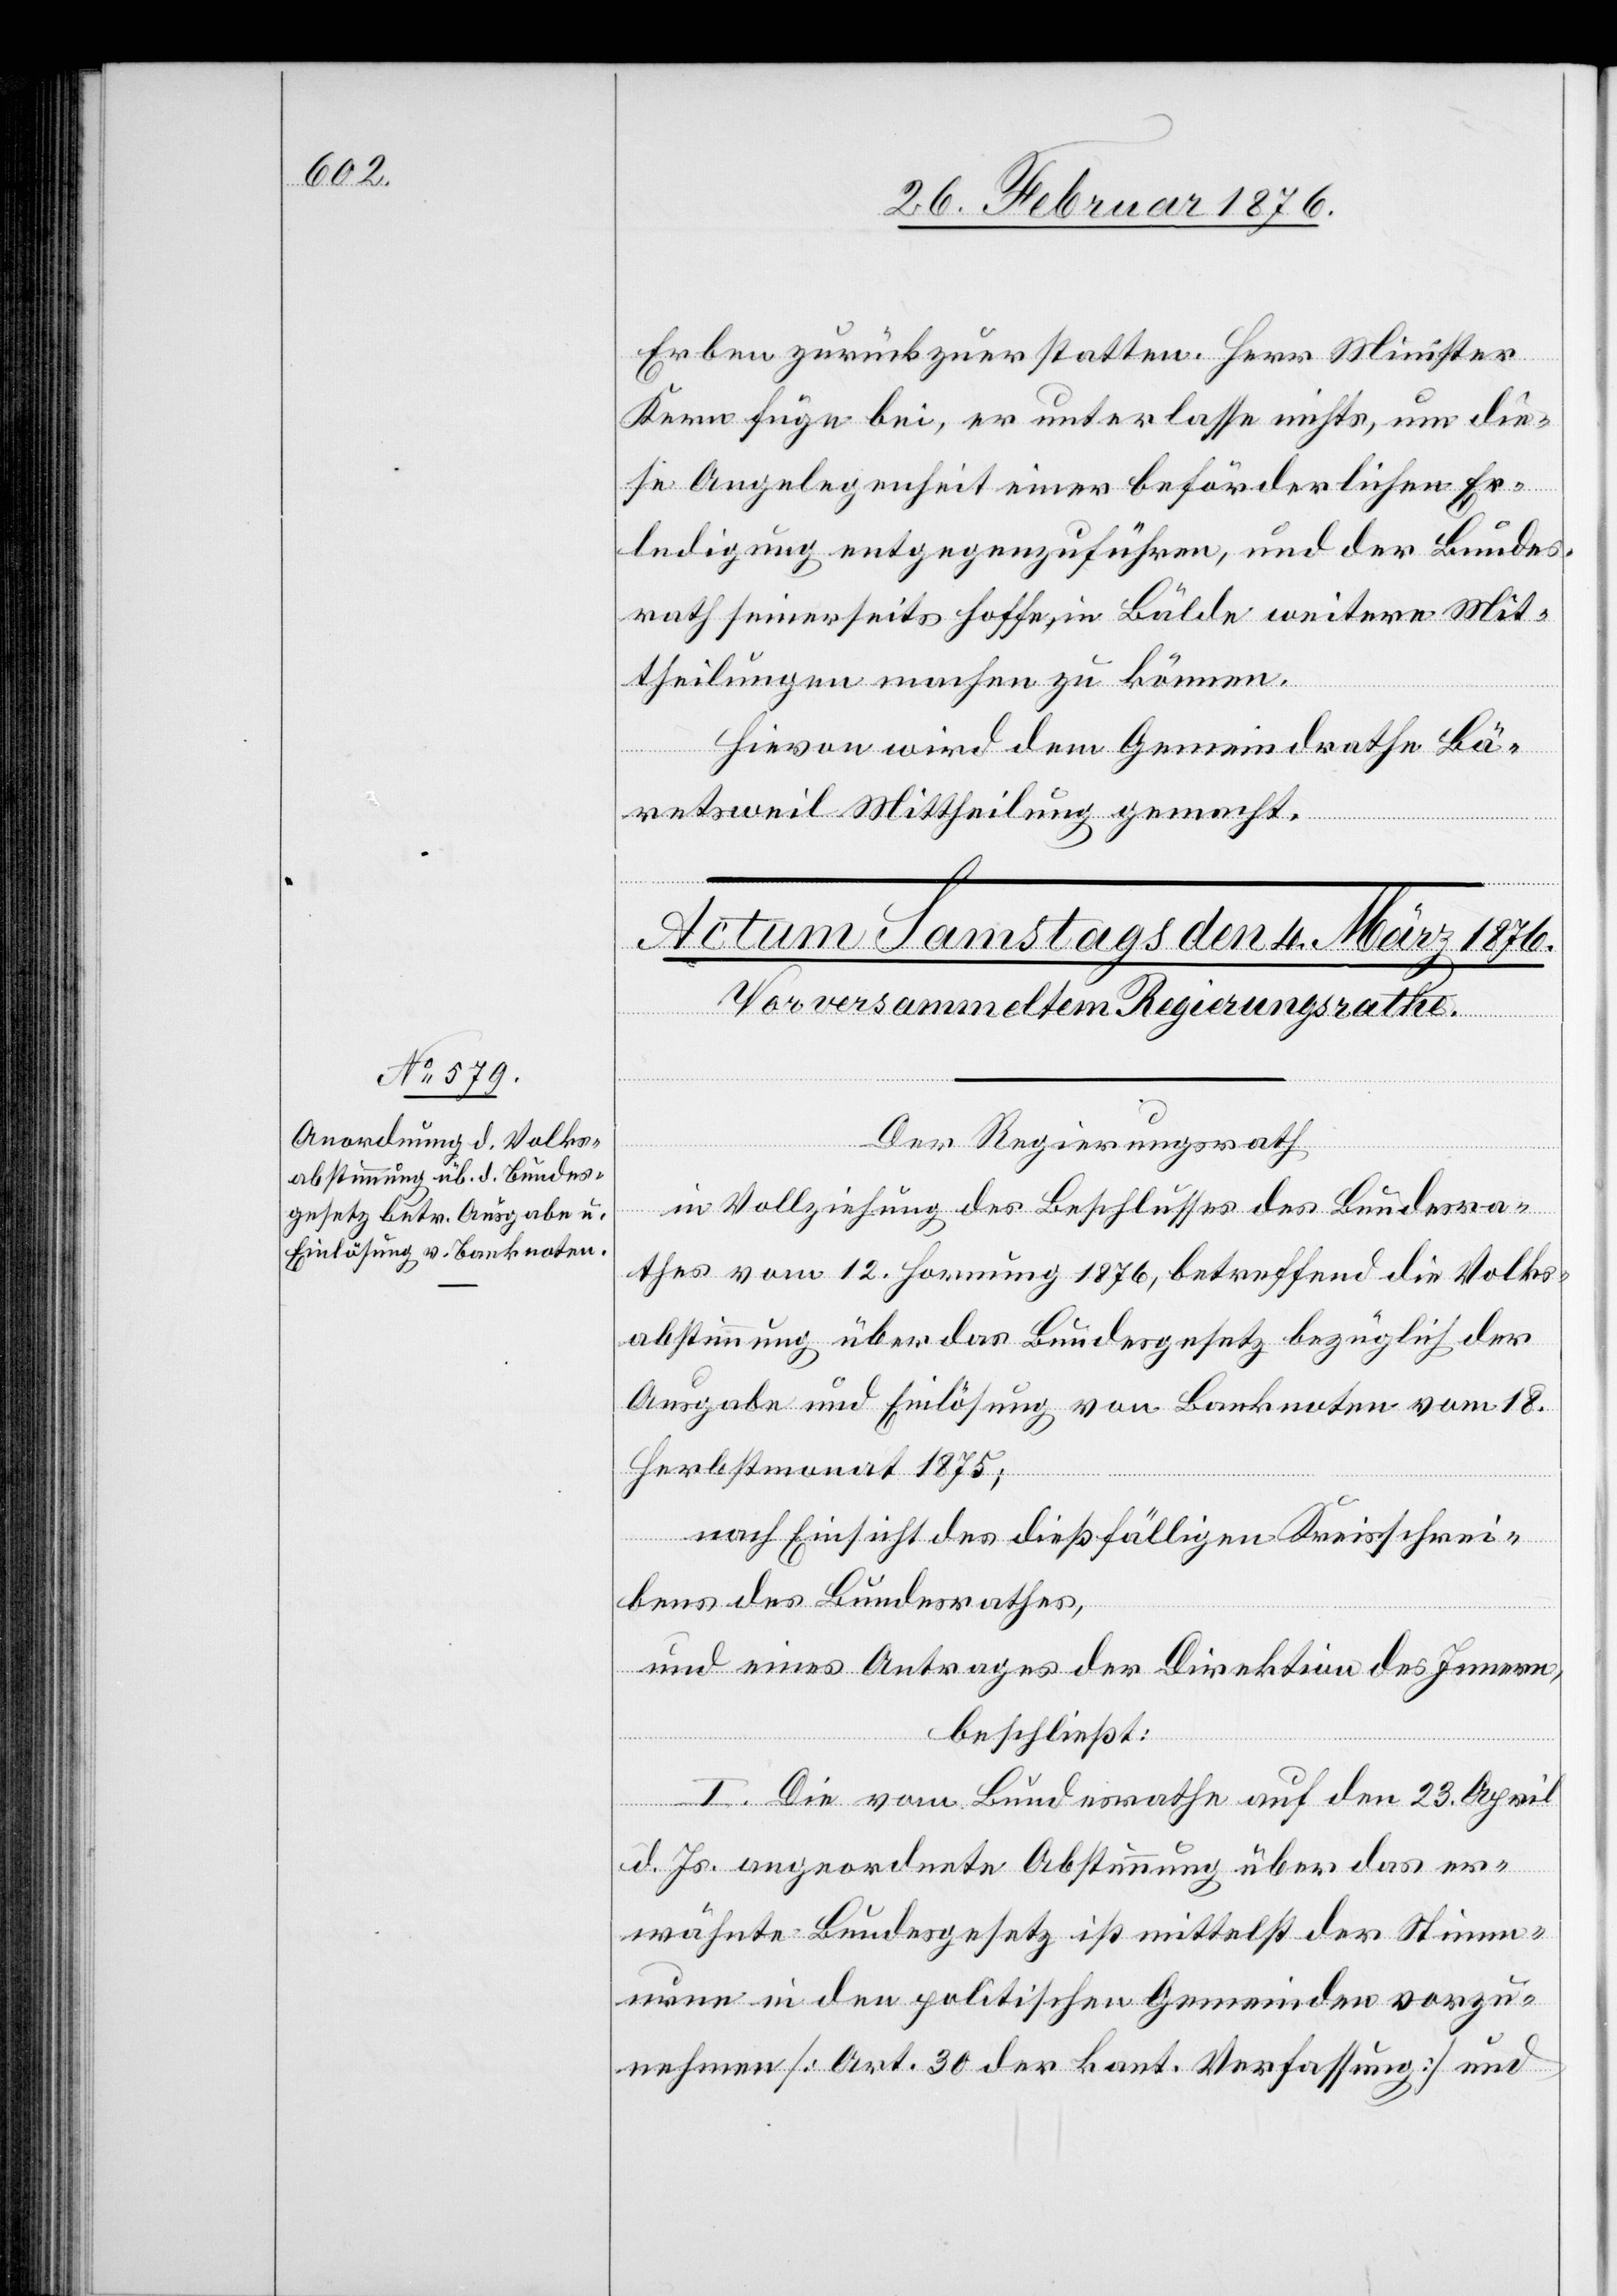
Erben zurückzuerstatten. Herr Minister
Kern füge bei, er unterlasse nichts, um die¬
se Angelegenheit einer beförderlichen Er¬
ledigung entgegenzuführen, und der Bundes¬
rath seinerseits hoffe, in Bälde weitere Mit¬
theilungen machen zu können.
Hievon wird dem Gemeindrathe Bä¬
retsweil Mittheilung gemacht.
Der Regierungsrath,
in Vollziehung des Beschlusses des Bundesre¬
chtes vom 12. Hornung 1876, betreffend die Volks¬
abstimmung über das Bundesgesetz bezüglich der
Ausgabe und Einlösung von Banknoten vom 18.
Herbstmonat 1875;
nach Einsicht des dießfälligen Kreisschrei¬
bens des Bundesrathes,
und eines Antrages der Direktion des Innern,
beschließt:
I. Die vom Bundesrathe auf den 23. April
d. Js. angeordnete Abstimmung über das er¬
wähnte Bundesgesetz ist mittelst der Stimm¬
urne in den politischen Gemeinden vorzu¬
nehmen [Art. 30 der kant. Verfassung] und